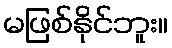
မဖြစ်နိုင်ဘူး။